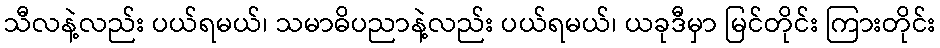
သီလနဲ့လည်း ပယ်ရမယ်၊ သမာဓိပညာနဲ့လည်း ပယ်ရမယ်၊ ယခုဒီမှာ မြင်တိုင်း ကြားတိုင်း